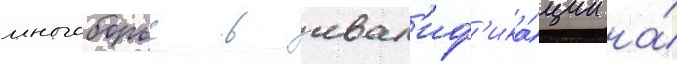
многоборье в квал'иф'ика́ции на́